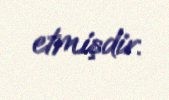
etmişdir.